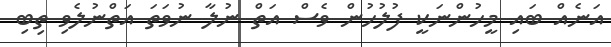
އަނެއް ބައި މީހުންނަކީ ފުލުހުން ވެސް އަތް ނުލާ ނުވަތަ އަތްނުލެވި ތިބި